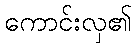
ကောင်းလှ၏